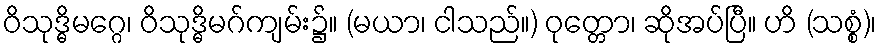
ဝိသုဒ္ဓိမဂ္ဂေ၊ ဝိသုဒ္ဓိမဂ်ကျမ်း၌။ (မယာ၊ ငါသည်။) ဝုတ္တော၊ ဆိုအပ်ပြီ။ ဟိ (သစ္စံ)၊